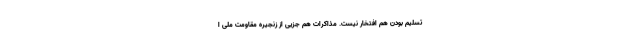
تسلیم بودن هم افتخار نیست. مذاکرات هم جزیی از زنجیره مقاومت ملی ا